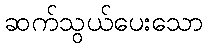
ဆက်သွယ်ပေးသော